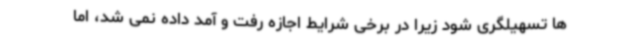
ها تسهیلگری شود زیرا در برخی شرایط اجازه رفت و آمد داده نمی شد، اما